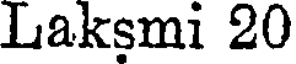
Laksmi 20